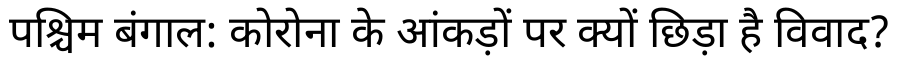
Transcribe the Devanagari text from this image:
पश्चिम बंगाल: कोरोना के आंकड़ों पर क्यों छिड़ा है विवाद?